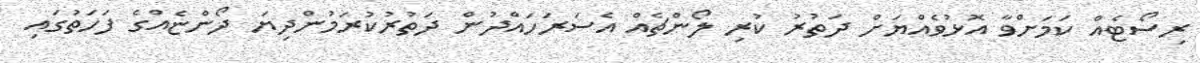
ރިސޯޓެއް ކަމަށްވާ އޮޅުވެއްޔަށް ދަތުރު ކުރި ލޯންޗެއް އެސަރަހައްދުން ދަތުރުކުރަމުންދިޔަ ދޯންޏެއްގެ ފަހަތުގައި